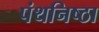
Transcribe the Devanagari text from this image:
पंथनिष्ठा